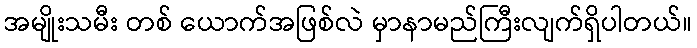
အမျိုးသမီး တစ် ယောက်အဖြစ်လဲ မှာနာမည်ကြီးလျက်ရှိပါတယ်။